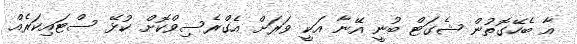
އާ ބެހޭގޮތުން ޝެގަޓް ބުނީ އޭނާ އަކީ ވަރަށް އެގްރެސިވްކޮށް ކުޅޭ ސްޓައިކަރެއް